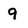
Character: 9